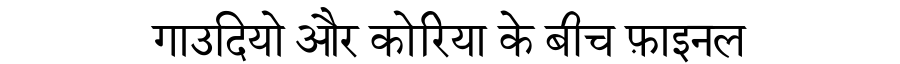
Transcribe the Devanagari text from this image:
गाउदियो और कोरिया के बीच फ़ाइनल